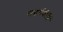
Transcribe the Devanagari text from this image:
सद्धर्मकीर्ति